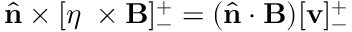
\hat { \mathbf { n } } \times [ \eta \mathbf { \nabla } \times \mathbf { B } ] _ { - } ^ { + } = ( \hat { \mathbf { n } } \cdot \mathbf { B } ) [ \mathbf { v } ] _ { - } ^ { + }